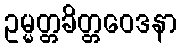
ဥမ္မတ္တခိတ္တဝေဒနာ